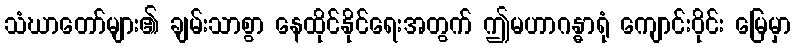
သံဃာတော်များ၏ ချမ်းသာစွာ နေထိုင်နိုင်ရေးအတွက် ဤမဟာဂန္ဓာရုံ ကျောင်းဝိုင်း မြေမှာ